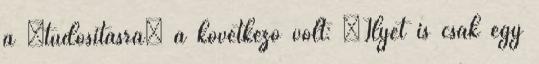
a “tudósításra” a következő volt: “Ilyet is csak egy